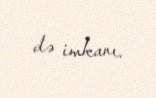
də imkanı.